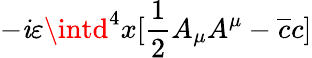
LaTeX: -\mathit{i}\varepsilon\intd^{4}x[\frac{{1}}{{2}}A_{\mu}A^{\mu}-\overline{{{{c}}}}c]